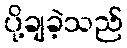
ပို့ချခဲ့သည်